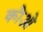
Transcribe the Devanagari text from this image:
कौओ